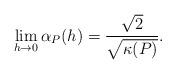
LaTeX: \begin{align*} \begin{aligned}\lim_{h\rightarrow0}\alpha_P(h)=\frac{\sqrt{2}}{\sqrt{\kappa(P)}}. \end{aligned} \end{align*}